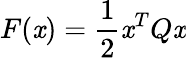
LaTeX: F(\mathit{x})={\frac{{1}}{{2}}}\mathit{x}^{T}Q\mathit{x}